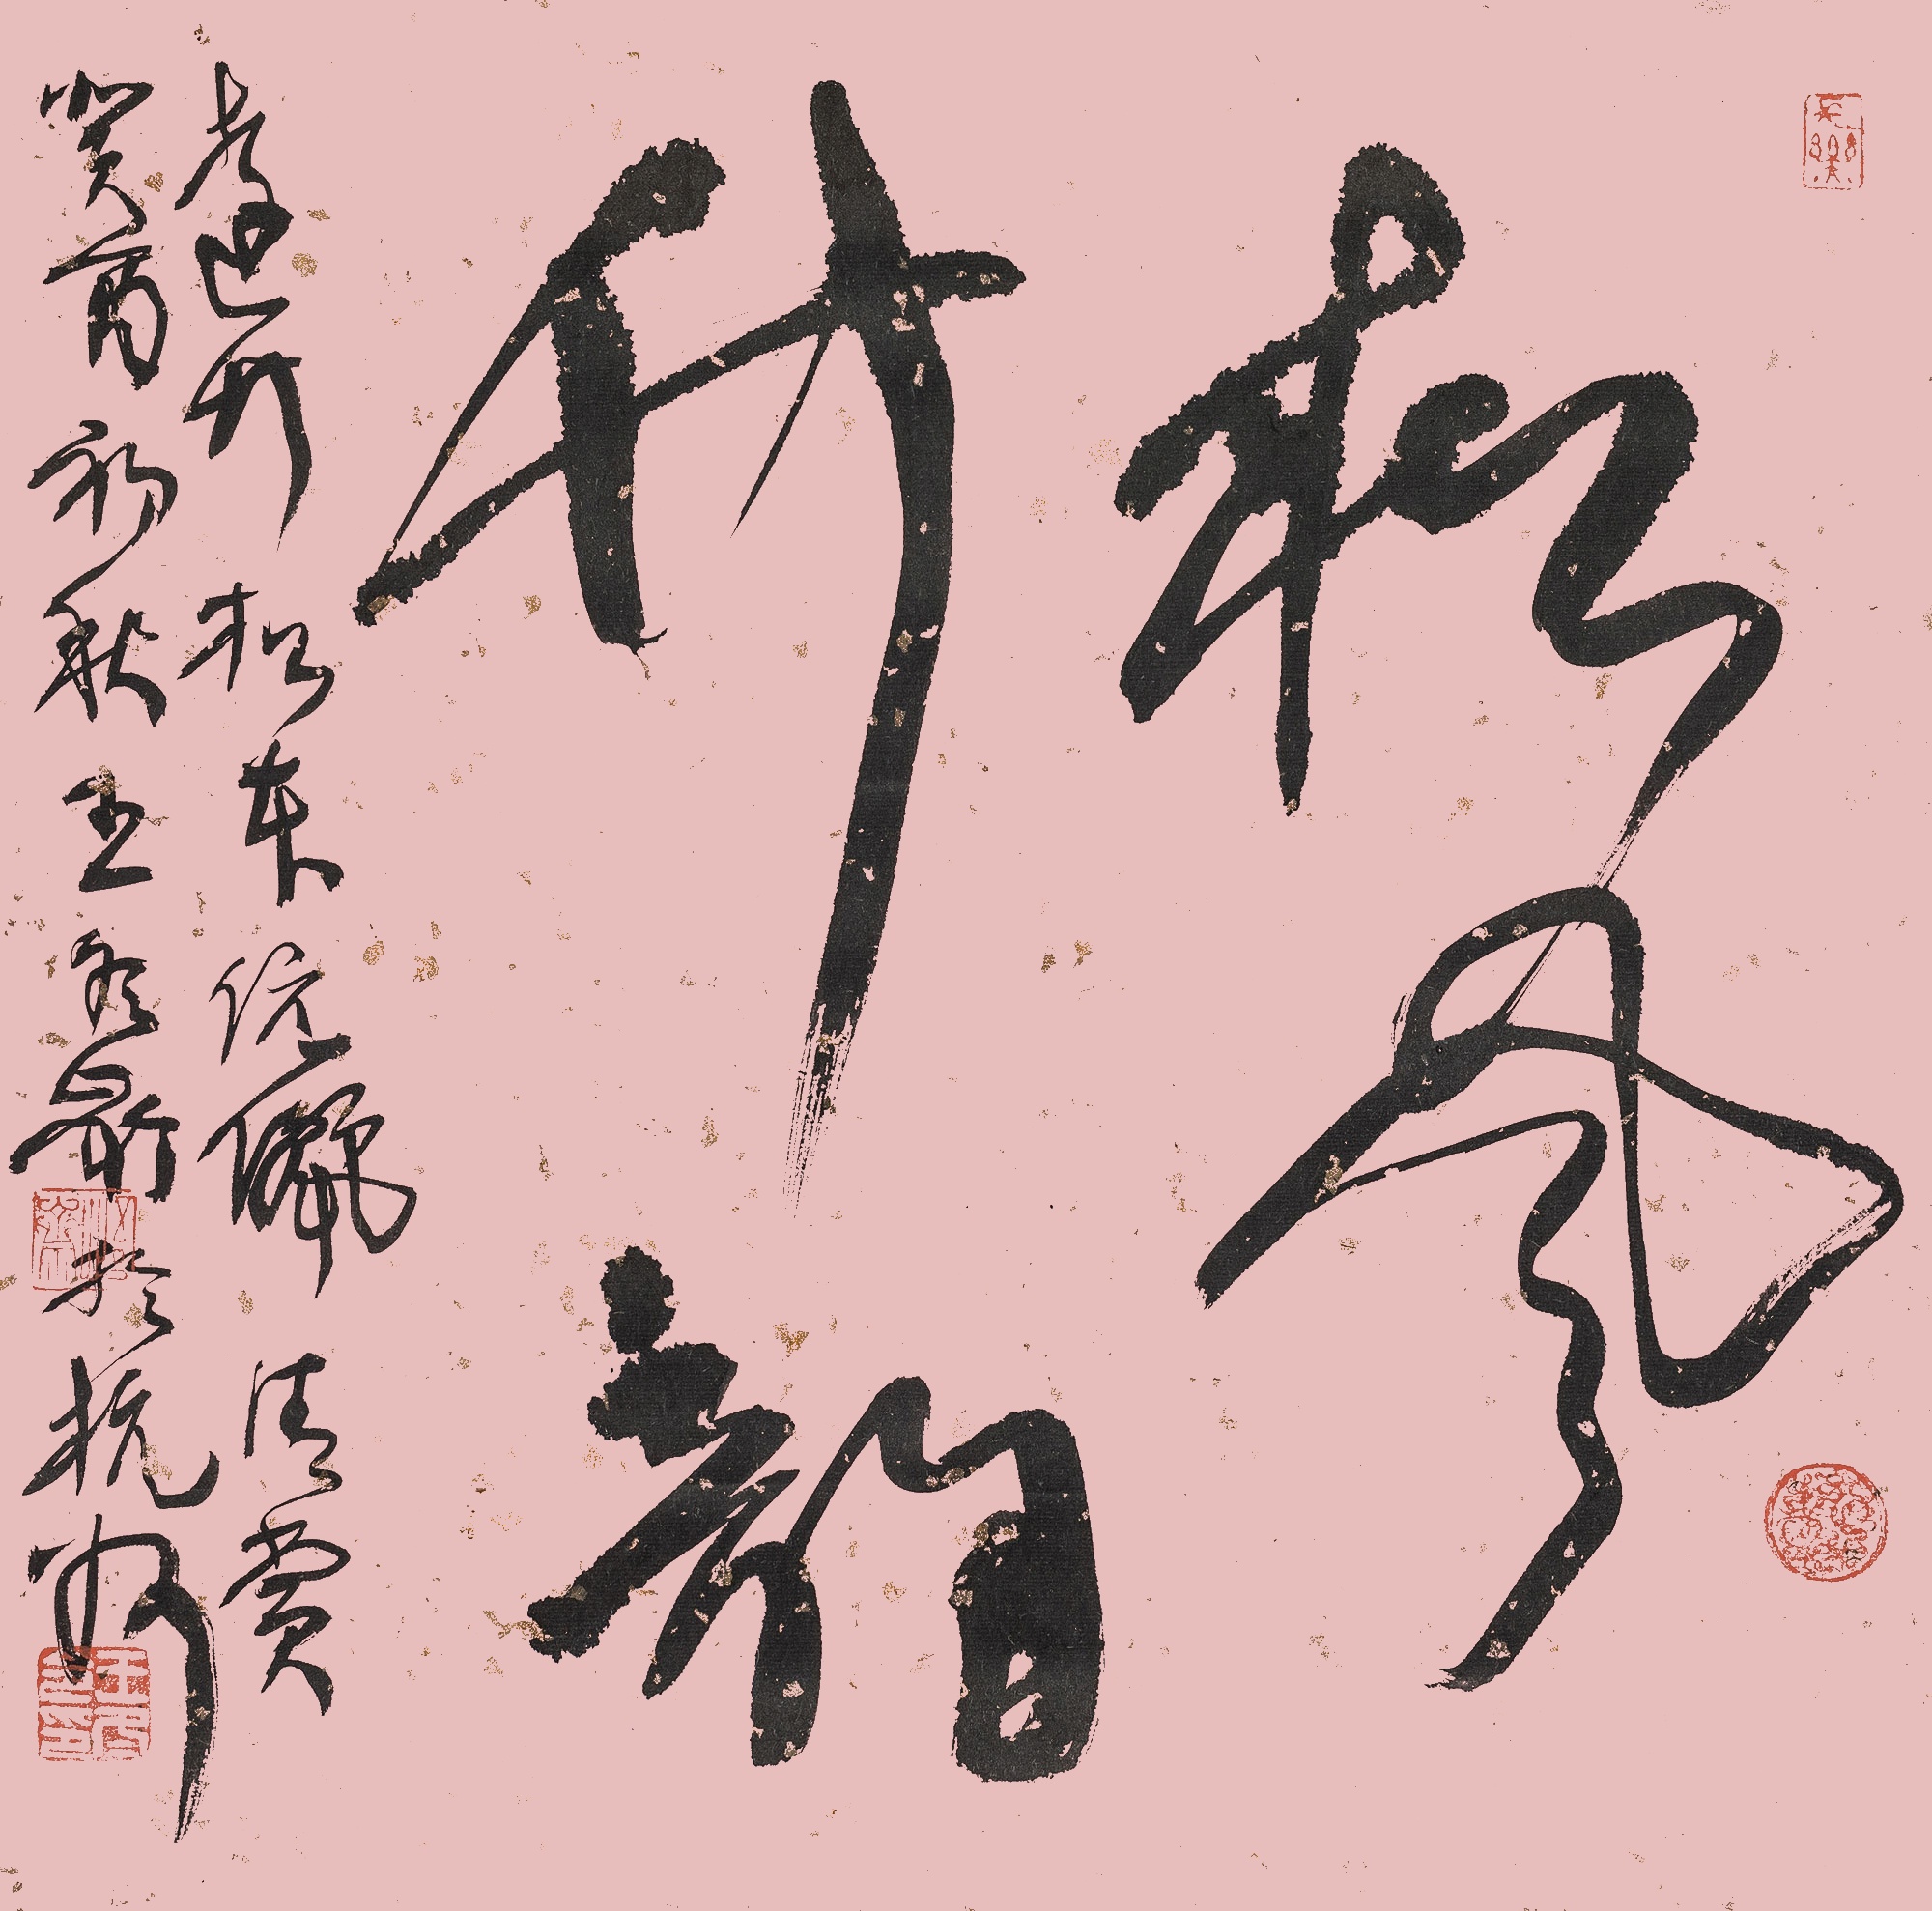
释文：松风竹韵远竹、松本伉俪清赏。癸酉初秋，王冬龄于杭州。